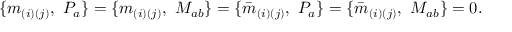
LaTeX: \{ m _ { ( i ) ( j ) } , \ { \cal P } _ { a } \} = \{ m _ { ( i ) ( j ) } , \ { \cal M } _ { a b } \} = \{ { \bar { m } } _ { ( i ) ( j ) } , \ { \cal P } _ { a } \} = \{ { \bar { m } } _ { ( i ) ( j ) } , \ { \cal M } _ { a b } \} = 0 .